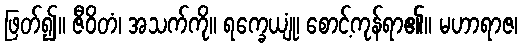
ဖြတ်၍။ ဇီဝိတံ၊ အသက်ကို။ ရက္ခေယျုံ၊ စောင့်ကုန်ရာ၏။ မဟာရာဇ၊